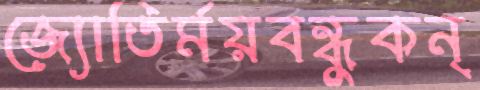
জ্যোতির্ময়বন্ধুকন্